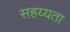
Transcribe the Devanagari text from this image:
सहय्यता